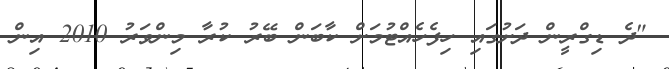
"ދެ ޑިގްރީން ދަށުގައި ހިފެހެއްޓުމަށް ކާބަން ބޭރު ކުރާ މިންވަރު 2010 އިން